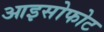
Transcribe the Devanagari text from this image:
आइसोफोट